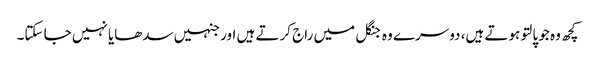
کچھ وہ جو پالتو ہوتے ہیں، دوسرے وہ جنگل میں راج کرتے ہیں اور جنہیں سدھایا نہیں جا سکتا۔